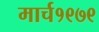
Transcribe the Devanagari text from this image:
मार्च१९७९